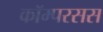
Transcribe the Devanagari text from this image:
कॉम्परसस